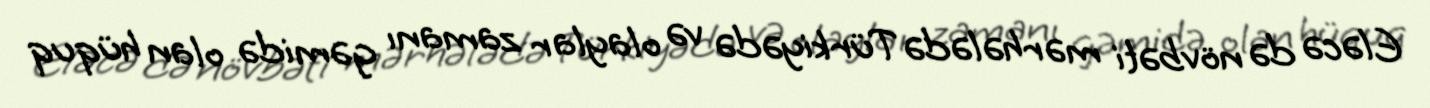
Eləcə də növbəti mərhələdə Türkiyədə və olaylar zamanı gəmidə olan hüquq